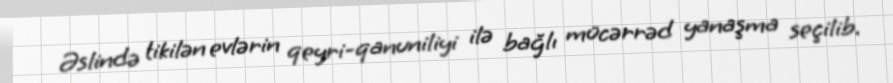
Əslində tikilən evlərin qeyri-qanuniliyi ilə bağlı mücərrəd yanaşma seçilib.